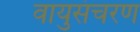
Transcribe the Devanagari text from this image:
वायुसंचरण